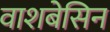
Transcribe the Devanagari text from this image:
वाशबेसिन